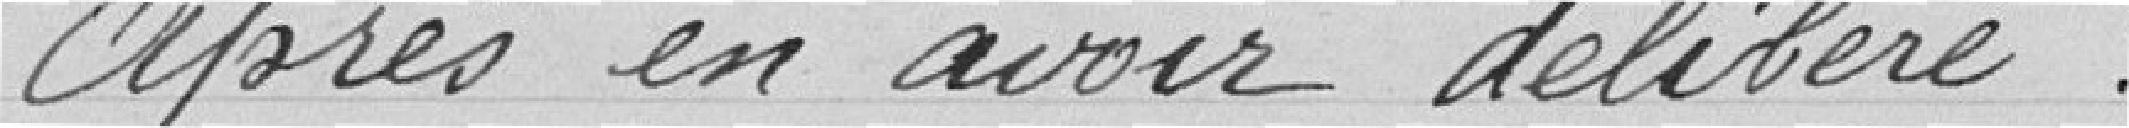
Après en avoir délibéré :